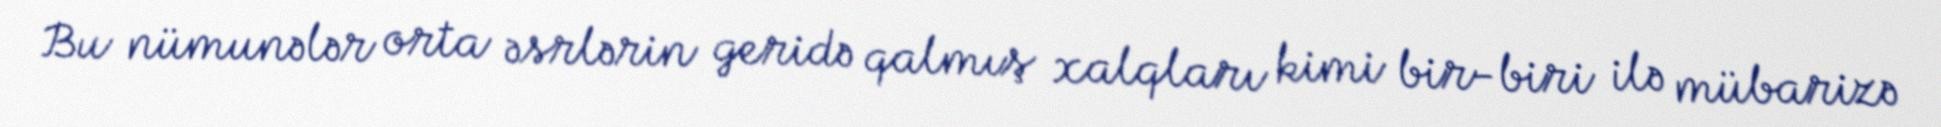
Bu nümunələr orta əsrlərin geridə qalmış xalqları kimi bir-biri ilə mübarizə